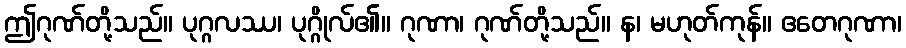
ဤဂုဏ်တို့သည်။ ပုဂ္ဂလဿ၊ ပုဂ္ဂိုလ်၏။ ဂုဏာ၊ ဂုဏ်တို့သည်။ န၊ မဟုတ်ကုန်။ ဧတေဂုဏာ၊